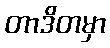
တာဒိတမှာ